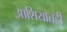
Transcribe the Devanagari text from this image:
आशियातही